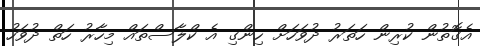
އެގޮތުން ކުރިން ހަތަރު ދުވަހަށް ހިންގި އެ ކްލާސްތައް މިހާރު ހަތް ދުވަހު